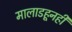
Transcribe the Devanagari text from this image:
मालाडहूनही